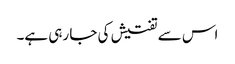
اس سے تفتیش کی جا رہی ہے۔